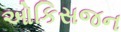
ઓકિસજન